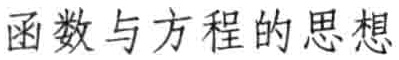
函数与方程的思想